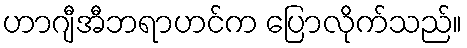
ဟာဂျီအီဘရာဟင်က ပြောလိုက်သည်။